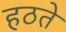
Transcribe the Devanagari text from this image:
हठते